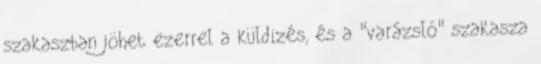
szakaszban jöhet ezerrel a küldizés, és a "varázsló" szakasza